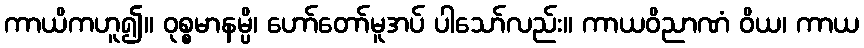
ကာယိကဟူ၍။ ဝုစ္စမာနမ္ပိ၊ ဟော်တော်မူအပ် ပါသော်လည်း။ ကာယဝိညာဏံ ဝိယ၊ ကာယ